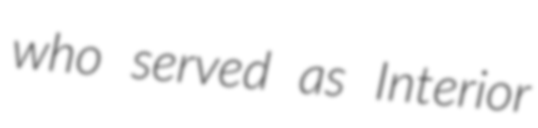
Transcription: who served as Interior